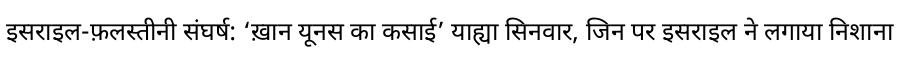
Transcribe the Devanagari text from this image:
इसराइल-फ़लस्तीनी संघर्ष: ‘ख़ान यूनस का कसाई’ याह्या सिनवार, जिन पर इसराइल ने लगाया निशाना